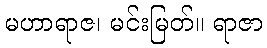
မဟာရာဇ၊ မင်းမြတ်။ ရာဇာ